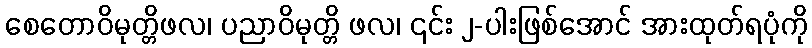
စေတောဝိမုတ္တိဖလ၊ ပညာဝိမုတ္တိ ဖလ၊ ၎င်း ၂-ပါးဖြစ်အောင် အားထုတ်ရပုံကို